Problem: 9 × 5 = ?
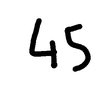
Handwritten answer: 45